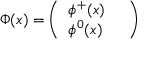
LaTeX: \Phi ( x ) = \left( \begin{array} { l c } { { \phi ^ { + } ( x ) } } & { { } } \\ { { \phi ^ { 0 } ( x ) } } & { { } } \end{array} \right)